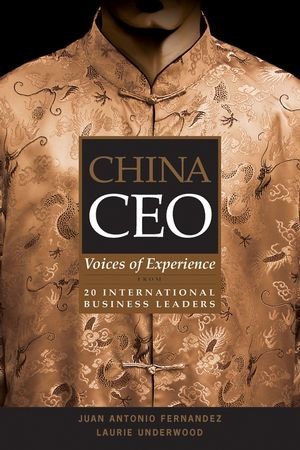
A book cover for China CEO: Voices of Experience from 20 International Business Leaders; Juan Antonio Fernandez; Business & Money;